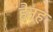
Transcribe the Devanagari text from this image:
हैनह